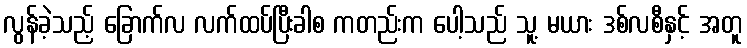
လွန်ခဲ့သည့် ခြောက်လ လက်ထပ်ပြီးခါစ ကတည်းက ပေါ့သည် သူ့ မယား ဒစ်လစီနှင့် အတူ